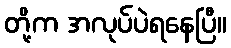
တို့က အလုပ်ပဲရနေပြီ။